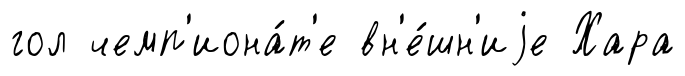
гол чемп'иона́т'е вн'е́шн'иjе Хара